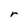
Character: r